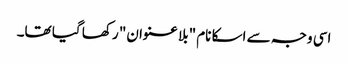
اسی وجہ سے اسکا نام "بلا عنوان" رکھا گیا تھا۔